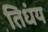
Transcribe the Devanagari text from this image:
तिधंय